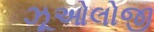
ઝૂઓલોજી